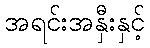
အရင်းအနှီးနှင့်